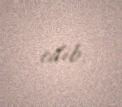
edib.